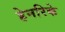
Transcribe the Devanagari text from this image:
हेनरिके